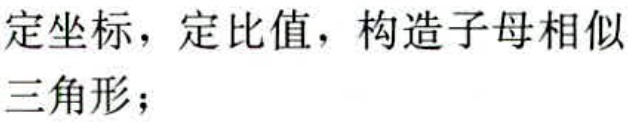
定坐标，定比值，构造子母相似三角形；